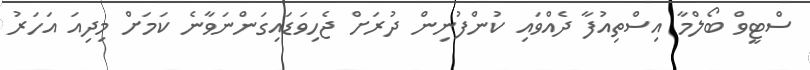
ސްޓީވް ބޯލްމާ އިސްތިއުފާ ދެއްވައި ކުންފުނިން ދުރަށް ޖެހިވަޑައިގަންނަވާނެ ކަމަށް މިދިއަ އަހަރު